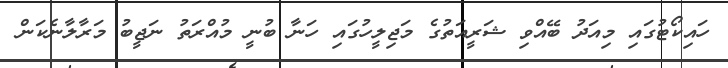
ހައިކޯޓުގައި މިއަދު ބޭއްވި ޝަރީއަތުގެ މަޖިލީހުގައި ހަނާ ބުނީ މުއްރަތު ނަޖީބު މަރާލާނެކަން